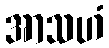
အာသဟံ